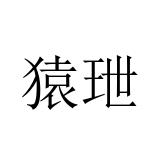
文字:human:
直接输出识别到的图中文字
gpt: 猿玴